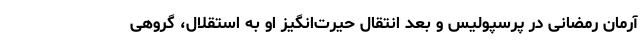
آرمان رمضانی در پرسپولیس و بعد انتقال حیرت‌انگیز او به استقلال، گروهی